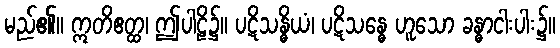
မည်၏။ ဣတိဧတ္ထ၊ ဤပါဠိ၌။ ပဋိသန္ဓိယံ၊ ပဋိသန္ဓေ ဟူသော ခန္ဓာငါးပါး၌။